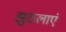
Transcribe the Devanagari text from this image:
झुठलाएं